Leaving Certificate, 1900
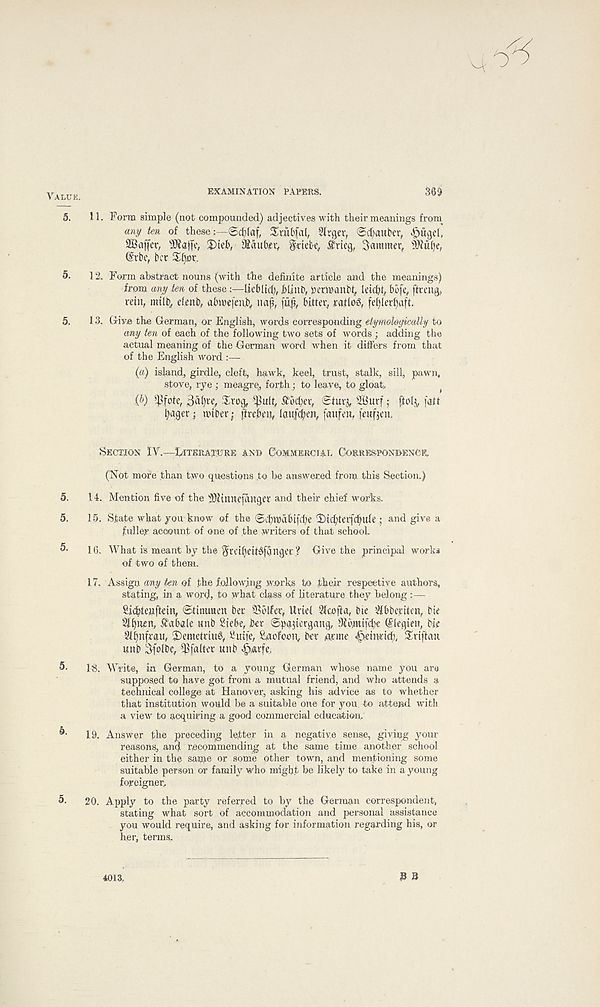
Value.
EXAMINATION PAPERS.
369
M
5. 11. Form simple (not compounded) adjectives with their meanings from
any ten of these:—Sriibfal, Slrgev, Scfjauber, ^ugel,
Staffer,
X>teb, ^aub^iv idebc, firtcg, Saminev, s^u ()e,
(Srbe, bcr
5. ] 2. Form abstract nouns (with the definite article and the meanings)
from any ten of these:—lieblid), JbUnb, permanbt, leicbt, bb(e, ftceng,
vein, mtlb, efenb, abmefen.b, nap, jup, bitter, ration, feplerpajft.
5. 13. Give the German, or English, words corresponding etymologically to
any ten of each of the following two sets of words ; adding the
actual meaning of the German word when it differs from that
of the English word :—
(a) island, girdle, cleft, hawk, keel, trust, stalk, sill, pawn,
stove, rye ; meagre, forth; to leave, to gloat,
ip) $fote, 3&()te, £rog, $ult, £bd;er, Sturj, 2Burf; fjtol^, fatt
pager mtber; preben, (an,(open, faufen, feufjcn.
Section IV.—Literature an© Commercial Correspondence,
(Not more than two questions .to be answered from this Section.)
5. 14. Mention five of the s ))?tnnefanger and their chief works.
5. 15. State what you know of the ©dwitbifcpe 'Dicpterfcpuleand give a
fuller account of one of the writers of that school.
5- 16. What is meant by the ^retpeit^f&ngec.? Give the principal works
of two of them.
17. Assign any ten of the following works to their respective authors,
stating, in a word, to what class of literature they belong:—
SicpteHftdn, ©tintwen bet Golfer, Urtd 21cnffa, bie ^bberiten, bie
Slpiten, £ab«le unb Stebe, ber ©pajiergang, 9(b.mifcbc ©legten, bie
Slpnfrau, 2)emetriu6, Suite, Vaofcon, ber nrine ^eimicf), Xriftan
unb 3folbc, ^falter unb ^arfe.
5. 1-8. Write, in German, to a young German whose name you are
supposed to have got from a mutual friend, and who attends a
technical college at Hanover, asking his advice as to whether
that institution would be a suitable one for you to attend with
a view to acquiring a good commercial education,
^ 19. Answer the preceding letter in a negative sense, giving your
reasons, and recommending at the same time another school
either in the same or some other town, and mentioning some
suitable person or family who might be likely to take in a young
foreigner,
5. 20. Apply to the party referred to by the German correspondent,
stating what sort of accommodation and personal assistance
you would require, and asking for information regarding his, or
her, terms.
4013,